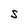
Character: S